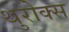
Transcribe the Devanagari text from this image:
थुरोक्स